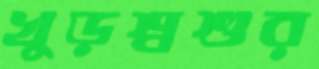
খুড়শ্বশুর